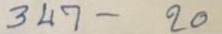
347 - 20